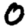
Digit: 0